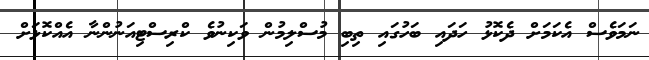
ނަމަވެސް އެކަމަށް ދެކޮޅު ހަދައި ބަހުގައި ތިބި މުސްލިމުން ވަކިނުވެ ކްރިސްޓިއަނުންނާ އެއްކޮޅަށް